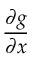
\frac { \partial g } { \partial x }